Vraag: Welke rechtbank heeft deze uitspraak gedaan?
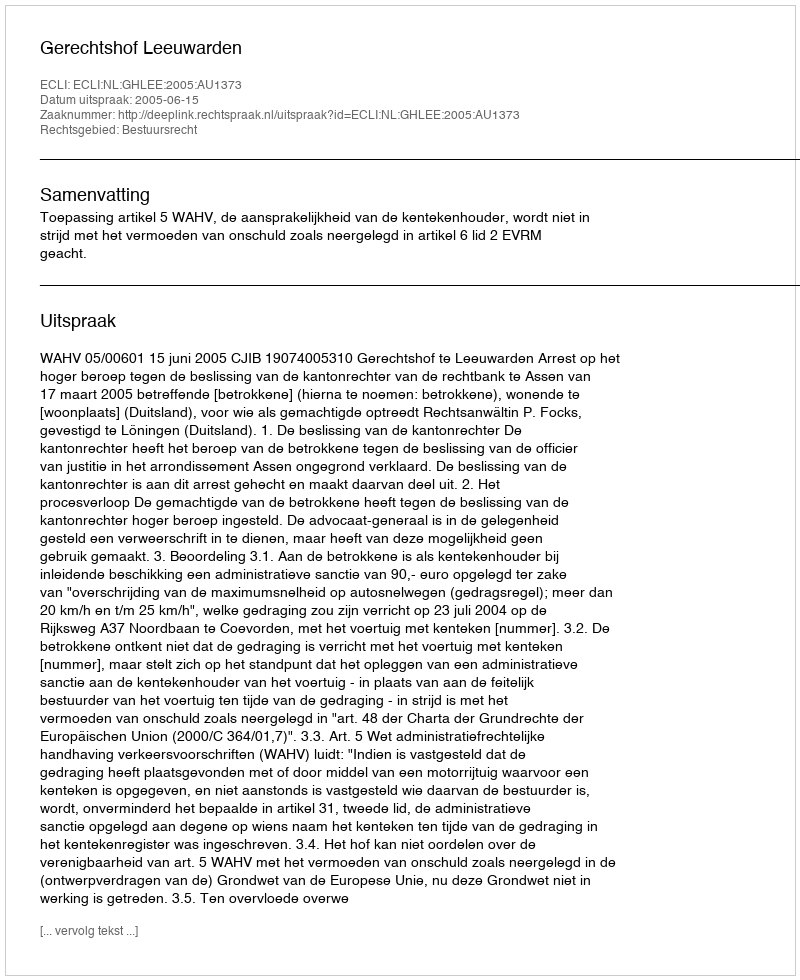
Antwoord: Gerechtshof Leeuwarden